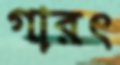
গারৎ